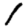
Digit: 1